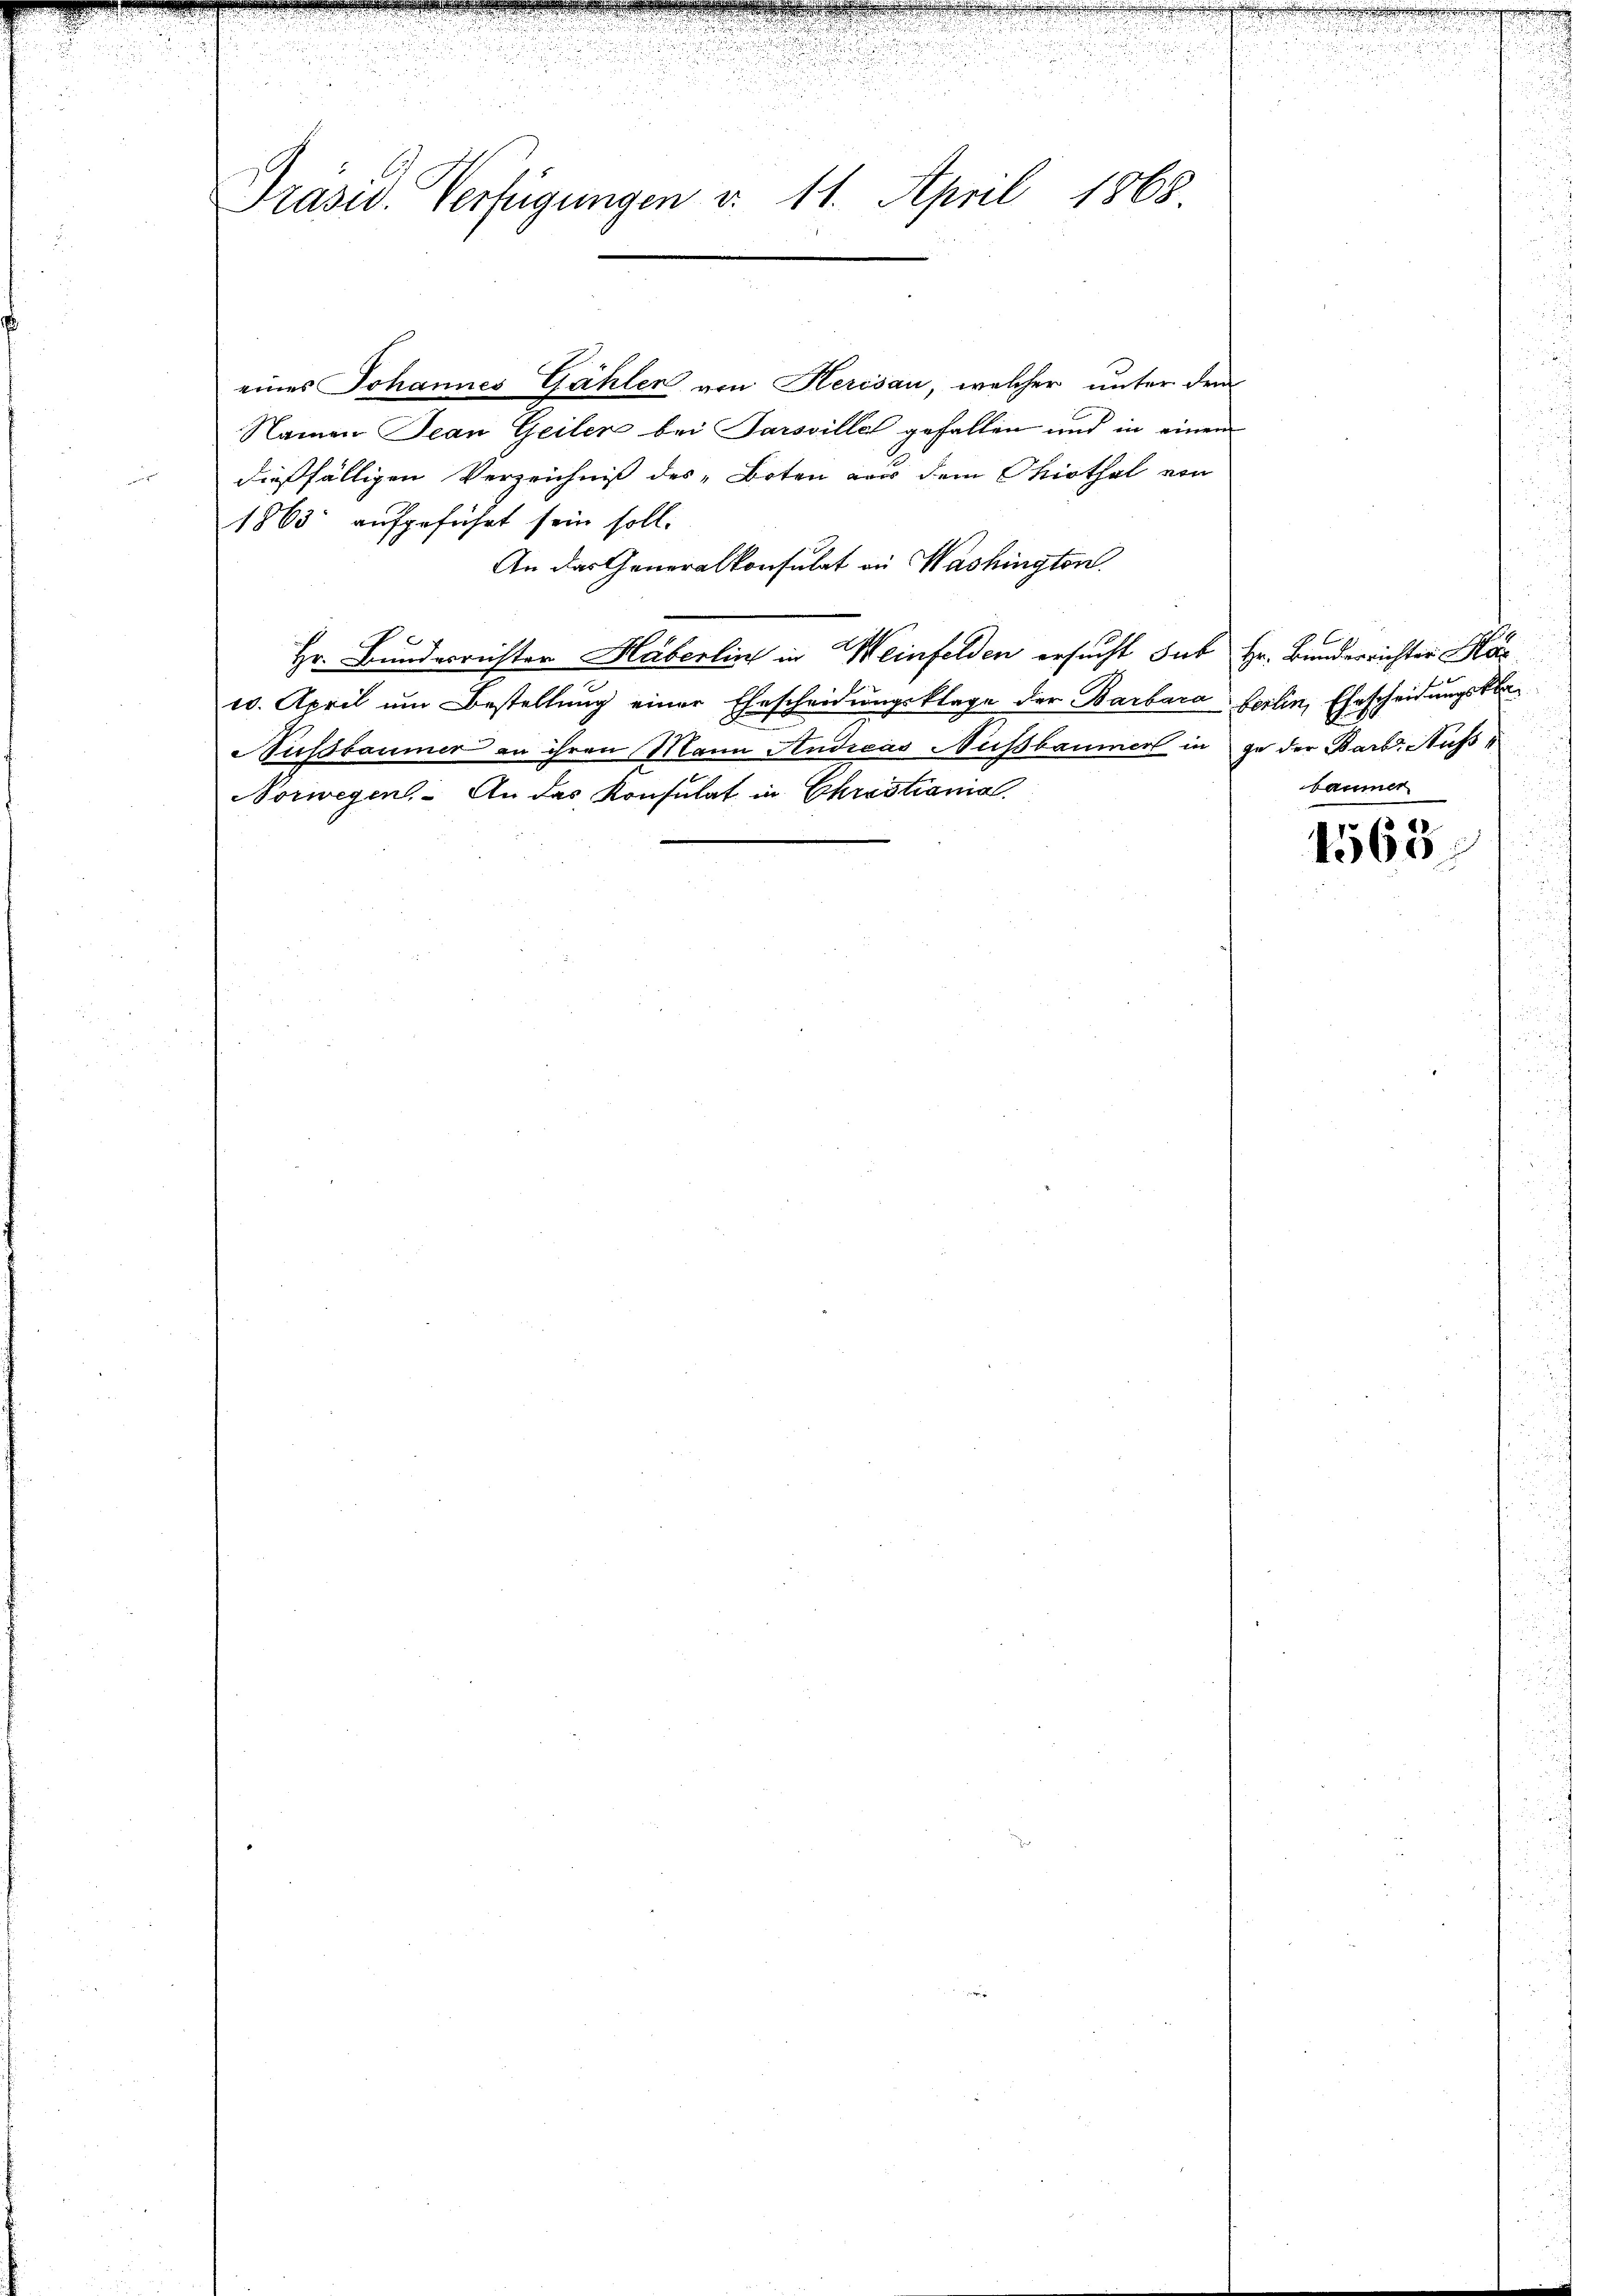
n
.
r.
Präsid. Verfügungen v. 11. April 1868

eines Johannes Gähler von Kerisau, welcher unter dem
Namen Jean Geiler bei Parsville gefallen und in einen
dießfälligen Verzeichniß des „Boten aus dem Ohiothel von
1863 aufgeführt sein soll.
An das Generalkonsulat in Washington.
Hr. Bunderrichter Haberlin in Weinfelden ersucht sub Hr. Bunderrichter Ha
w. April ŭm Bestellŭng einer Ehescheidŭngsklage der Barbara Berlin, Ehescheidungskla¬
Nussbaumer an ihren Mann Andreas Nussbaumer in ge der Barb. Aufs¬
Norwegen. An der Konsulat in Christiania.

u

A
baumer

1563.